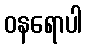
ဝနရောပါ